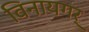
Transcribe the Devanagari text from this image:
विनायगर्